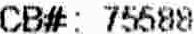
CB#: 75588